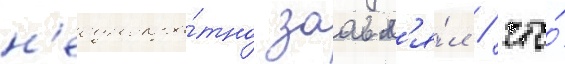
н'еоднокра́тно заавл'я́л / что́